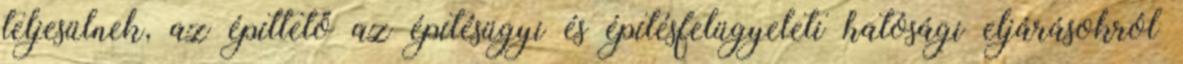
teljesülnek, az építtető az építésügyi és építésfelügyeleti hatósági eljárásokról